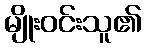
မျိုးဝင်းသူ၏